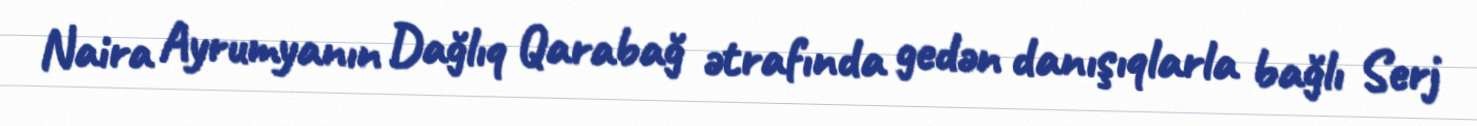
Naira Ayrumyanın Dağlıq Qarabağ ətrafında gedən danışıqlarla bağlı Serj